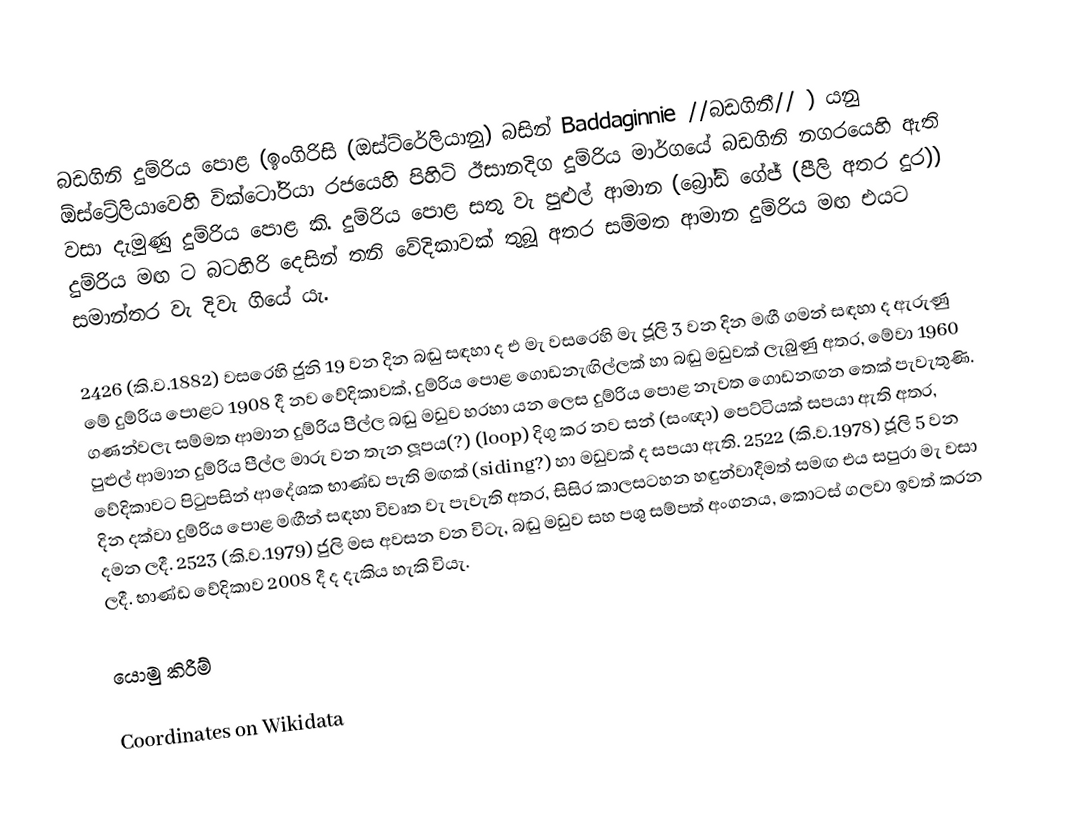
බඩගිනි දුම්රිය පොළ (ඉංගිරිසි (ඔස්ට්රේලියානු) බසින් Baddaginnie //බඩගිනී// ) යනු ඕස්ට්‍රේලියාවෙහි වික්ටෝරියා රජයෙහි පිහිටි ඊසානදිග දුම්රිය මාර්ගයේ බඩගිනි නගරයෙහි ඇති වසා දැමුණු දුම්රිය පොළ කි. දුම්රිය පොළ සතු වැ පුළුල් ආමාන (බ්‍රෝඩ් ගේජ් (පීලි අතර දුර)) දුම්රිය මඟ ට බටහිරි දෙසින් තනි වේදිකාවක් තුබූ අතර සම්මත ආමාන දුම්රිය මඟ එයට සමාන්තර වැ දිවැ ගියේ යැ.

2426 (කි.ව.1882) වසරෙහි ජුනි 19 වන දින බඬු සඳහා ද එ මැ වසරෙහි මැ ජූලි 3 වන දින මඟී ගමන් සඳහා ද ඇරුණු මේ දුම්රිය පොළට  1908 දී නව වේදිකාවක්, දුම්රිය පොළ ගොඩනැඟිල්ලක් හා බඬු මඩුවක් ලැබුණු අතර, මේවා 1960 ගණන්වලැ සම්මත ආමාන දුම්රිය පීල්ල බඬු මඩුව හරහා යන ලෙස දුම්රිය පොළ නැවත ගොඩනඟන තෙක් පැවැතුණි. පුළුල් ආමාන දුම්රිය පීල්ල මාරු වන තැන ලූපය(?) (loop) දිගු කර නව සන් (සංඥා) පෙට්ටියක් සපයා ඇති අතර, වේදිකාවට පිටුපසින් ආදේශක භාණ්ඩ පැති මඟක් (siding?) හා මඩුවක් ද සපයා ඇති. 2522 (කි.ව.1978) ජූලි 5 වන දින දක්වා දුම්රිය පොළ මඟීන් සඳහා විවෘත වැ පැවැති අතර, සිසිර කාලසටහන හඳුන්වාදීමත් සමඟ එය සපුරා මැ වසා දමන ලදී.  2523 (කි.ව.1979) ජුලි මස අවසන වන විටැ, බඬු මඩුව සහ පශු සම්පත් අංගනය, කොටස් ගලවා ඉවත් කරන ලදී. භාණ්ඩ වේදිකාව 2008 දී ද දැකිය හැකි වියැ.

යොමු කිරීම්

Coordinates on Wikidata